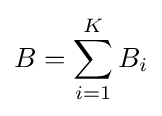
B=\sum _{i=1}^{K}B_{i}